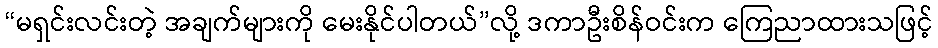
“မရှင်းလင်းတဲ့ အချက်များကို မေးနိုင်ပါတယ်”လို့ ဒကာဦးစိန်ဝင်းက ကြေညာထားသဖြင့်